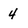
Character: 4